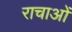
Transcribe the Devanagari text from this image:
राचाओं